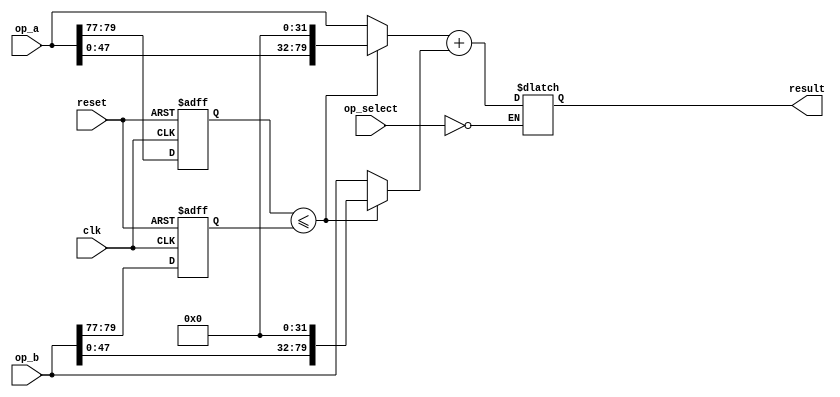
module mixed_precision_fp_unit (
    input wire clk,
    input wire reset,
    input wire [2:0] op_select,
    input wire [79:0] op_a,
    input wire [79:0] op_b,
    output reg [79:0] result
);

reg [2:0] precision_a;
reg [2:0] precision_b;
reg [2:0] result_precision;

reg [80:0] extended_op_a;
reg [80:0] extended_op_b;
reg [80:0] extended_result;

always @(posedge clk or posedge reset) begin
    if (reset) begin
        precision_a <= 3'b000;
        precision_b <= 3'b000;
        result_precision <= 3'b000;
    end else begin
        precision_a <= op_a[79:77];
        precision_b <= op_b[79:77];
    end
end

always @(*) begin
    case (op_select)
        3'b000: begin // Addition
            if (precision_a <= precision_b) begin
                extended_op_a = {op_a, 32'b0}; // Convert to extended precision
                extended_op_b = {op_b, 32'b0}; // Convert to extended precision
            end else begin
                extended_op_a = {32'b0, op_a}; // Convert to extended precision
                extended_op_b = {32'b0, op_b}; // Convert to extended precision
            end
            extended_result = extended_op_a + extended_op_b;
            result = extended_result[79:0];
            result_precision = 3'b100; // Result is in extended precision
        end
        3'b001: begin // Subtraction
            // Subtraction logic here
        end
        3'b010: begin // Multiplication
            // Multiplication logic here
        end
        3'b011: begin // Division
            // Division logic here
        end
        default: begin
            // Error handling logic here
        end
    endcase
end

endmodule